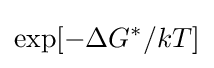
\exp[-\Delta G^{*}/kT]